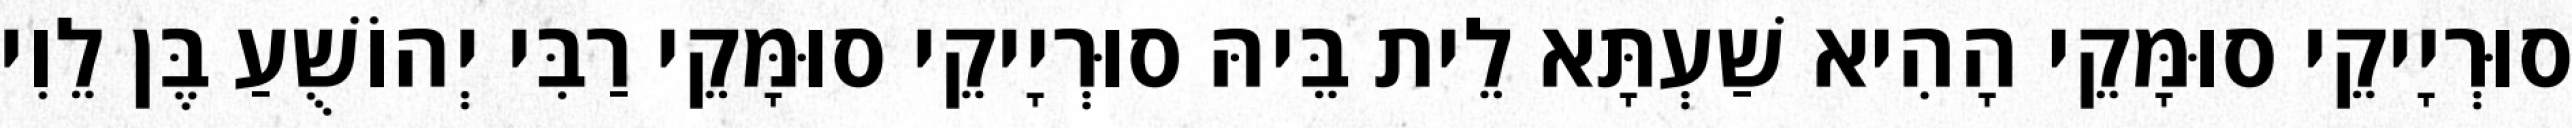
סוּרְיָיקֵי סוּמָּקֵי הָהִיא שַׁעְתָּא לֵית בֵּיהּ סוּרְיָיקֵי סוּמָּקֵי רַבִּי יְהוֹשֻׁעַ בֶּן לֵוִי